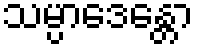
သမ္ပာဒေန္တော